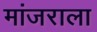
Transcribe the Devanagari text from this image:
मांजराला